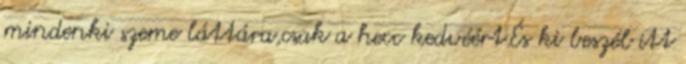
mindenki szeme láttára,csak a hecc kedvéért.És ki beszél itt